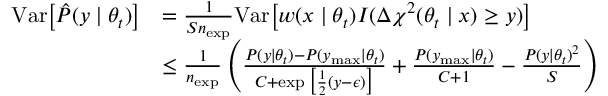
\begin{array} { r l } { \mathrm { \mathop { V a r } } \big [ \hat { P } ( y \mid \theta _ { t } ) \big ] } & { = \frac { 1 } { S n _ { \mathrm { e x p } } } \mathrm { \mathop { V a r } } \big [ w ( x \mid \theta _ { t } ) I ( \Delta \chi ^ { 2 } ( \theta _ { t } \mid x ) \ge y ) \big ] } \\ & { \le \frac { 1 } { n _ { \mathrm { e x p } } } \left( \frac { P ( y \mid \theta _ { t } ) - P ( y _ { \mathrm { m a x } } \mid \theta _ { t } ) } { C + \exp \big [ \frac { 1 } { 2 } ( y - \epsilon ) \big ] } + \frac { P ( y _ { \mathrm { m a x } } \mid \theta _ { t } ) } { C + 1 } - \frac { P ( y \mid \theta _ { t } ) ^ { 2 } } { S } \right) } \end{array}